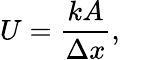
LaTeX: {\big.}U={\frac{kA}{\Delta x}},\quad